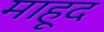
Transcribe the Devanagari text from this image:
माहूद